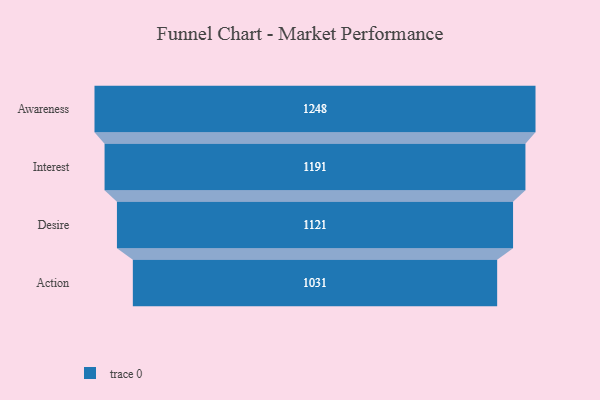
{"axis": {"x": "Stage", "y": "Value"}, "legend": [""], "data": [{"x": "Awareness", "y": 1248.0, "type": ""}, {"x": "Interest", "y": 1191.0, "type": ""}, {"x": "Desire", "y": 1121.0, "type": ""}, {"x": "Action", "y": 1031.0, "type": ""}]}